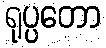
ရုပ္ပတော